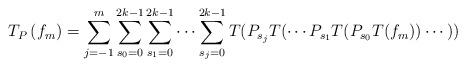
LaTeX: \begin{align*}T_{P}\left( f_{m}\right)=\sum_{j=-1}^{m}\sum_{s_{0}=0}^{2k-1}\sum_{s_{1}=0}^{2k-1} \dots\sum_{s_{j}=0}^{2k-1}T(P_{s_{j}}T(\cdots P_{s_{1}}T(P_{s_{0}}T(f_{m}))\cdots)) \end{align*}